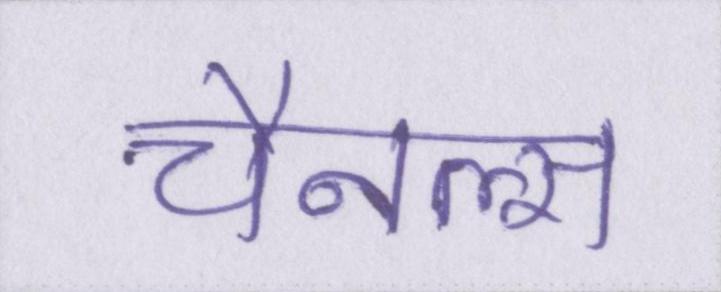
चैनल्स